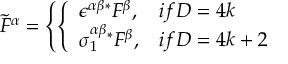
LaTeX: \widetilde F ^ { \alpha } = \left\{ \left\{ \begin{array} { l l } { { \epsilon ^ { \alpha \beta } \mathrm { } ^ { * } F ^ { \beta } , } } & { { i f D = 4 k } } \\ { { \sigma _ { 1 } ^ { \alpha \beta } \mathrm { } ^ { * } F ^ { \beta } , } } & { { i f D = 4 k + 2 } } \end{array} \right. \right.